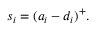
s _ { i } = ( a _ { i } - d _ { i } ) ^ { + } .